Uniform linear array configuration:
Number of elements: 8
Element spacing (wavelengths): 1
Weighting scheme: uniform
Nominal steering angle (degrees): -15
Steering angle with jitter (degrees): -14.578
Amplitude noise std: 0.05
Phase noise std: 0.05

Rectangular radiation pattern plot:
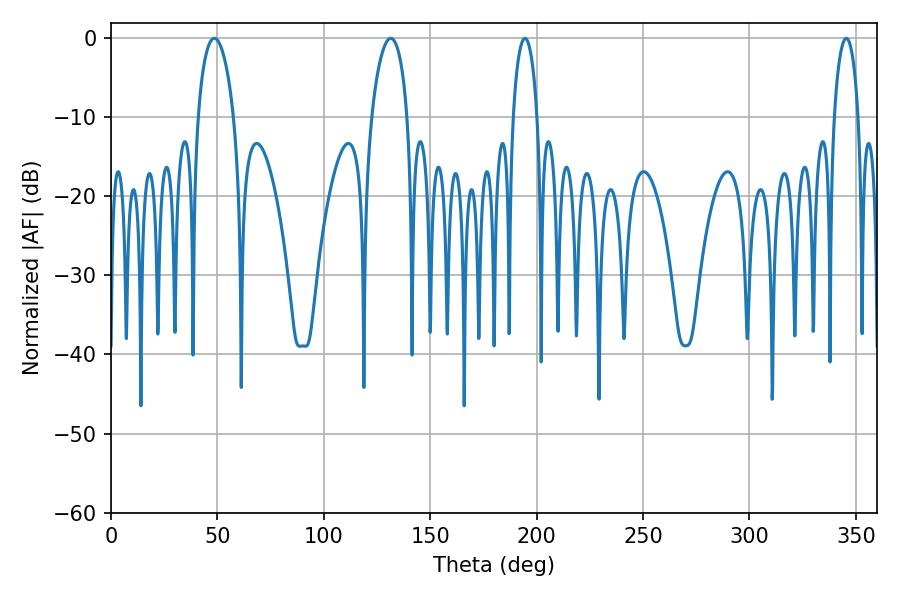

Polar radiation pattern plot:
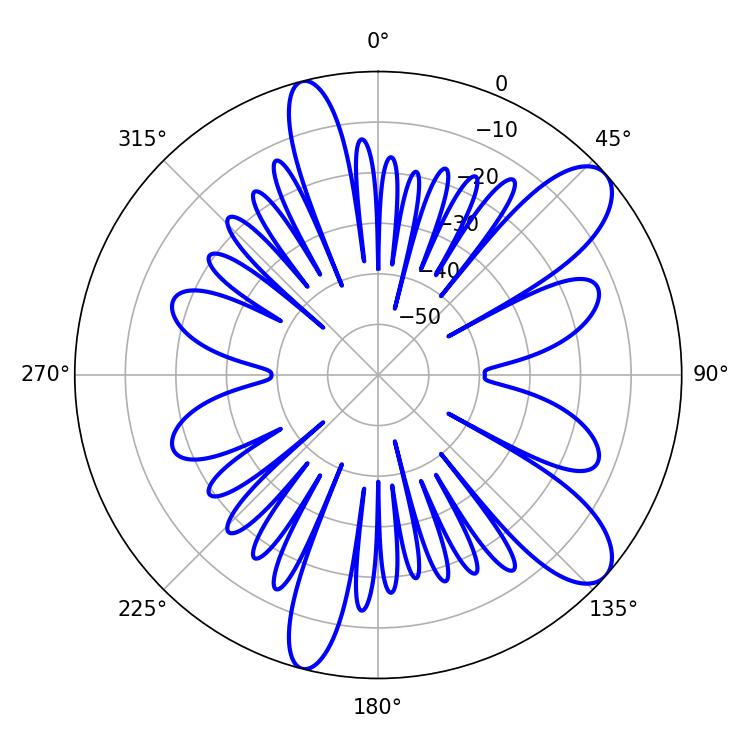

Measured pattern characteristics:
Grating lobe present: TRUE
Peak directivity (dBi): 9.81
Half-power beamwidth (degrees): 9.72
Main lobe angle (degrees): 48.6